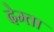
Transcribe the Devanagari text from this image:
देम्ता